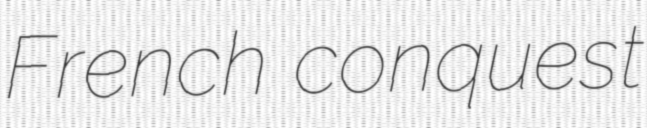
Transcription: French conquest